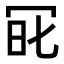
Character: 𠖆